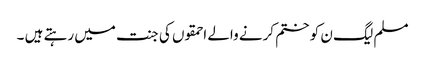
مسلم لیگ ن کو ختم کرنے والے احمقوں کی جنت میں رہتے ہیں ۔